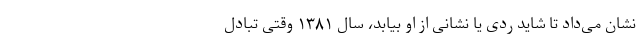
نشان می‌داد تا شاید ردی یا نشانی از او بیابد، سال ۱۳۸۱ وقتی تبادل